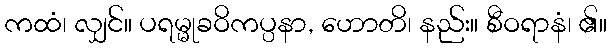
ကထံ၊ လျှင်။ ပရမ္မုခဝိကပ္ပနာ, ဟောတိ၊ နည်း။ စီဝရာနံ၊ ၏။